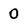
Character: 0